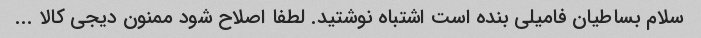
سلام بساطیان فامیلی بنده است اشتباه نوشتید. لطفا اصلاح شود ممنون دیجی کالا ...